General report no. 6 on the lunatic asylums, vaccination and dispensaries in the Bengal Presidency, 1873 -
Year: 1873
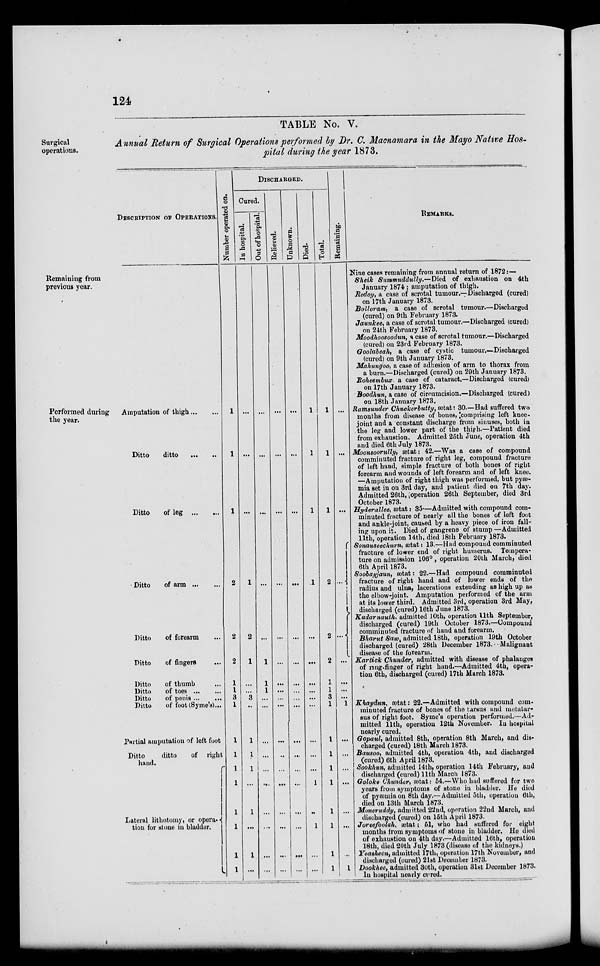
124
Surgical
operations.
TABLE No. V.
Annual Return of Surgical Operations performed by Dr. C, Macnamara in the Mayo Native Hos-
pital during the year 1873.
Remaining from
previous year.
Performed during
the year.
DESCRIPTION OF OPERATIONS.
Amputation of thigh ... ...
Ditto
ditto
...
...
Ditto
of leg
...
...
Ditto
of arm
...
...
Ditto
of forearm ...
Ditto
of fingers ...
Ditto
of thumb ...
Ditto
of toes
...
...
Ditto
of
penis...
...
Ditto
of foot (Syme's)...
Paitial amputation of left foot
Ditto
ditto
of right
hand.
Lateral lithotomy, or opera¬
tion for stone in bladder.
Number operated on.
1
1
1
2
2
2
1
1
3
1
1
1
1
1
1
1
1
1
DISCHARGED.
Cured.
In hospital.
...
...
...
1
2
1
...
...
3
...
1
1
1
...
1
...
1
...
Out of hospital.
...
...
...
...
...
1
1
1
...
...
...
...
...
...
...
...
...
...
Relieved.
...
...
...
...
...
...
...
...
...
...
...
...
...
...
...
...
...
...
Unknown.
...
...
...
...
...
...
...
...
...
...
...
...
...
...
...
...
...
...
Died.
1
1
1
1
...
...
...
...
...
...
...
...
...
1
...
1
...
...
Total.
1
1
1
2
2
2
...
3
...
1
1
1
1
1
1
1
1
Remaining.
...
...
...
...
...
...
...
...
...
1
...
...
...
...
...
...
...
1
REMARKS.
Nine cases remaining from annual return of 1872:—
Sheik Summuddully.— Died of exhaustion on 4th
January 1874; amputation of thigh.
Redoy, a case of scrotal tumour.—Discharged (cured)
on 17th January 1873.
Bolloram, a case of scrotal tumour.—Discharged
(cured) on 9th February 1873.
Jaunkee, a case of scrotal tumour.—Discharged (cured)
on 24th February 1873.
Moodhoosoodun, a case of scrotal tumour.—Discharged
(cured) on 23rd February 1873.
Goolabeah, a case of cystic tumour.—Discharged
(cured) on 9th Junuary 1873.
Mahungoo, a case of adhesion of arm to thorax from
a burn.—Discharged (cured) on 29th January 1873.
Roheembux a case of cataract.—Discharged (cured)
on 17th January 1873.
Boodhun, a case of circumcision.—Discharged (cured)
on 18th January 1873.
Ramsunder Chuckerbutty, ætat: 30.—Had suffered two
months from disease of bones,comprising left knee-
joint and a constant discharge from sinuses, both in
the leg and lower part of the thiph.—Patient died
from exhaustion. Admitted 25th June, operation 4th
and died 6th July 1873.
Moon$oorully, ætat: 42.—Was a esse of compound
comminuted fracture of right leg, compound fracture
of left hand, simple fracture of both bones of right
forearm and wounds of left forearm and of left knee.
—Amputation of right thigh was performed, but pyae-
mia set in on 3rd day, and patient died on 7th day.
Admitted 26th, Operation 26th September, died 3rd
Octobor 1873.
Hydtrallets ætat: 35—Admitted with compound com-
minuted fracture of nearly all the bones of left foot
and ankle-joint, caused by a heavy piece of iron fall-
ing upon is. Died of gangrene of stump —Admitted
11th, operation 14th, died )8th February 1873.
Sonauseechurn, ætat: 13.—Had compound comminuted
fracture of lower end of right humerus. Tempera-
ture on admission 106°, operation 20th March, died
6th April 1873.
Soobaujaun, ætat: 22.—Had compound comminuted
fracture of right hand and of lower ends of the
radius and ulna, lacerations extending as high up as
the elbow-joint. Amputation performed of the arm
at its lower third. Admitted 3rd, operation 3rd May,
discharged (cured) 16th June 1873.
Kadarnauth, admitted 10th, operation 11th September,
discharged (cured) 19th October 1873.—Compound
comminuted fracture of hand and forearm.
Bharut Saw, admitted 18th, operation 19th October
discharged (cured) 28th December 1873.Malignant
disease of the forearm.
Kartiek Chunder, admitted with disease of phalanges
of ring-finger of right band.—Admitted 4th, opera-
tion 6th, discharged (cured) 17th March 1873.
Khaydun, ætat: 22.—Admitted with compound com.
minuted fracture of bones of the tarsus and motatur-
sus of right foot. Syme's operation performed.—Ad-
mitted 11th, operation 12th November. In hospital
nearly cured.
Gopaul, admitted 8th, operation 8th March, and dis-
charged (cured) 18th March 1873.
Bausoo, admitted 4th, operation 4th, and discharged
(cured) 6th April 1878.
Sookhun, admitted 14th, operation 14th February, and
discharged (cured) 11th March 1873.
Goloke Chunder, ætat: 64.—Who had suffered for two
years from symptoms of stone in bladder. He died
of pyaemia on 8th day.—Admitted 5th, operation 6th,
died on 13th March 1873.
Moneruddy, admitted 22nd, operation 22nd March, and
discharged (cured) on 16th April 1873.
Jorufoolah, ætat; 61, who had buffered for eight
months from symptoms of stone in bladder. He died
of exhaustion on 4th day.—Admitted 16th, operatiou
18th, died 20th July 1873 (disease of the kidneys.)
Yeasheen, admitted 17th, operation 17th November, and
discharged (cured) 21st December 1878.
Dookhee, admitted 30th, operatiou 31st December 1873.
In hospital nearly oured.